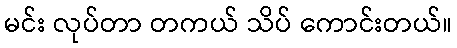
မင်း လုပ်တာ တကယ် သိပ် ကောင်းတယ်။